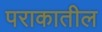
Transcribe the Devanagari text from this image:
पराकातील